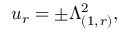
u _ { r } = \pm \Lambda _ { ( 1 , \, r ) } ^ { 2 } ,